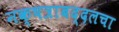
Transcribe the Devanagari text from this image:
नक्षत्राबद्दलचा